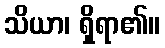
သိယာ၊ ရှိရာ၏။